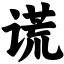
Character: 谎